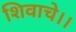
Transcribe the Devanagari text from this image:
शिवाचे।।